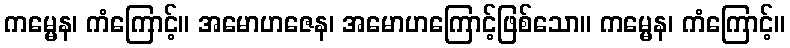
ကမ္မေန၊ ကံကြောင့်။ အမောဟဇေန၊ အမောဟကြောင့်ဖြစ်သော။ ကမ္မေန၊ ကံကြောင့်။